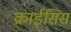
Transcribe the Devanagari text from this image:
क्राईसिस